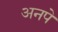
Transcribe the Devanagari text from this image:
अनपे